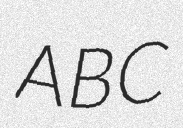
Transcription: ABC